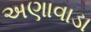
અણાવાડા